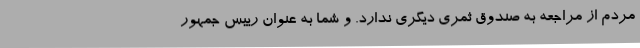
مردم از مراجعه به صندوق‌ ثمری دیگری ندارد. و شما به عنوان رییس جمهور